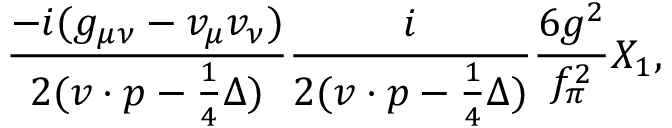
\frac { - i ( g _ { \mu \nu } - v _ { \mu } v _ { \nu } ) } { 2 ( v \cdot p - \frac { 1 } { 4 } \Delta ) } \frac { i } { 2 ( v \cdot p - \frac { 1 } { 4 } \Delta ) } \frac { 6 g ^ { 2 } } { f _ { \pi } ^ { 2 } } X _ { 1 } ,